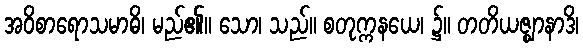
အဝိစာရောသမာဓိ၊ မည်၏။ သော၊ သည်။ စတုက္ကနယေ၊ ၌။ တတိယဇ္ဈာနာဒိ၊